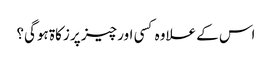
اس کے علاوہ کسی اور چیز پر زکاۃ ہوگی؟